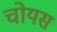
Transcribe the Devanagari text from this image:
चोयस